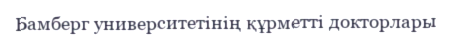
Бамберг университетінің құрметті докторлары